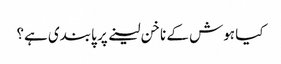
کیا ہوش کے ناخن لینے پر پابندی ہے؟